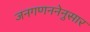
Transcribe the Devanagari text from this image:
जनगणननेनुसार